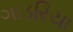
ગાડરિયા